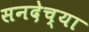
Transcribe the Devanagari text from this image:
सनदेच्या